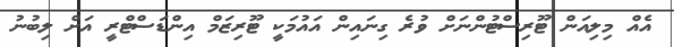
އެއް މިލިއަން ޓޫރިސްޓުންނަށް ވުރެ ގިނައިން އައުމަކީ ޓޫރިޒަމް އިންޑަސްޓްރީ އަށް ލިބުނު